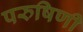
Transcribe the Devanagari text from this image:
परुषिणी